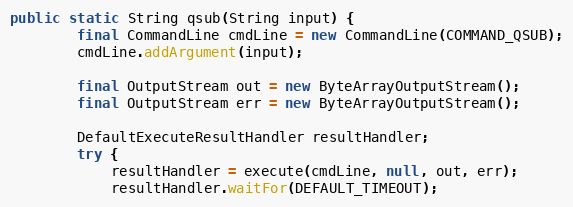
Language: Java
public static String qsub(String input) {
        final CommandLine cmdLine = new CommandLine(COMMAND_QSUB);
        cmdLine.addArgument(input);

        final OutputStream out = new ByteArrayOutputStream();
        final OutputStream err = new ByteArrayOutputStream();

        DefaultExecuteResultHandler resultHandler;
        try {
            resultHandler = execute(cmdLine, null, out, err);
            resultHandler.waitFor(DEFAULT_TIMEOUT);